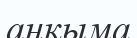
аңқыма